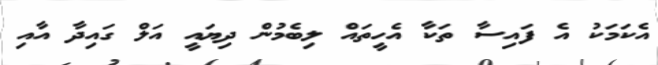
އެކަމަކު އެ ފައިސާ ތަކާ އެހީތައް ލިބެމުން ދިޔައީ އަލް ގައިދާ އާއި